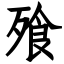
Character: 飱